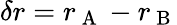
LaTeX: \delta r=r_{\mathrm{~A~}}-r_{\mathrm{~B~}}